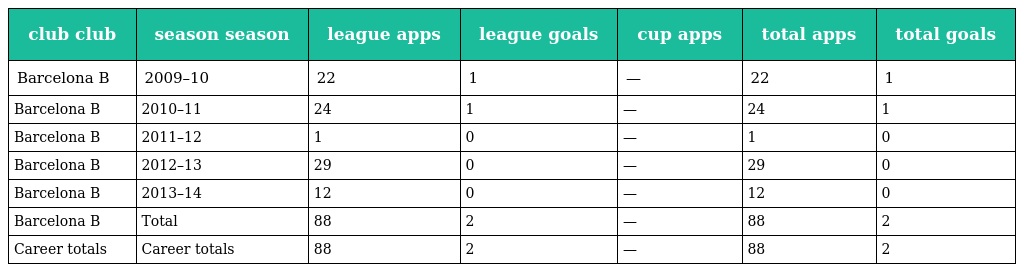
| club club | season season | league apps | league goals | cup apps | total apps | total goals |
 | --- | --- | --- | --- | --- | --- | --- |
 | Barcelona B | 2009–10 | 22 | 1 | — | 22 | 1 |
 | Barcelona B | 2010–11 | 24 | 1 | — | 24 | 1 |
 | Barcelona B | 2011–12 | 1 | 0 | — | 1 | 0 |
 | Barcelona B | 2012–13 | 29 | 0 | — | 29 | 0 |
 | Barcelona B | 2013–14 | 12 | 0 | — | 12 | 0 |
 | Barcelona B | Total | 88 | 2 | — | 88 | 2 |
 | Career totals | Career totals | 88 | 2 | — | 88 | 2 |